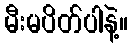
မီးမပိတ်ပါနဲ့။